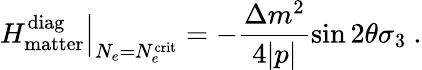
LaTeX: \left.H_{\mathrm{matter}}^{\mathrm{diag}}\right|_{N_{e}=N_{e}^{\mathrm{crit}}}=-\frac{\Delta m^{2}}{4|p|}\sin 2\theta\sigma_{3}~.